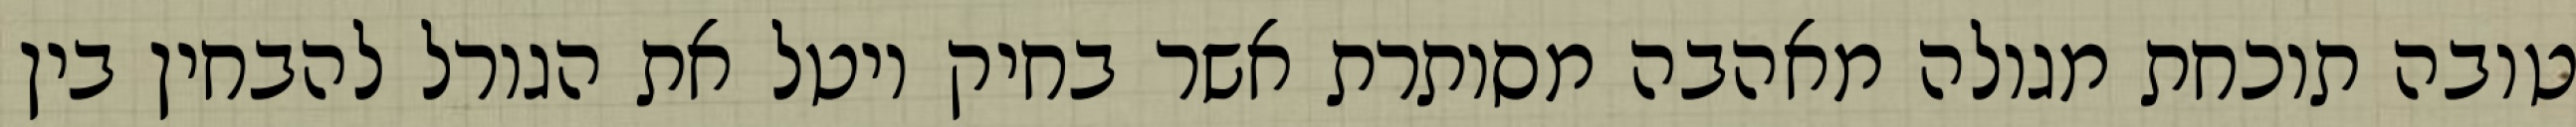
טובה תוכחת מגולה מאהבה מסותרת אשר בחיק יוטל את הגורל להבחין בין